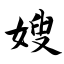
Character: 嫂